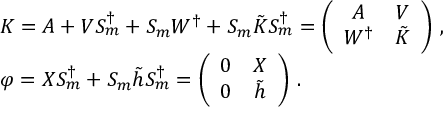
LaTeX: \begin{array} { l } { { { \cal K } = { \cal A } + V S _ { m } ^ { \dagger } + S _ { m } W ^ { \dagger } + S _ { m } \tilde { { \cal K } } S _ { m } ^ { \dagger } = \left( \begin{array} { c c } { { { \cal A } } } & { { V } } \\ { { W ^ { \dagger } } } & { { \tilde { { \cal K } } } } \end{array} \right) \, , } } \\ { { \varphi = X S _ { m } ^ { \dagger } + S _ { m } \tilde { h } S _ { m } ^ { \dagger } = \left( \begin{array} { c c } { { 0 } } & { { X } } \\ { { 0 } } & { { \tilde { h } } } \end{array} \right) \, . } } \end{array}